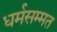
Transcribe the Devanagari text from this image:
धर्मसम्मत